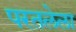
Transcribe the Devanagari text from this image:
परतलेला